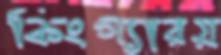
কিংগ্যারয়